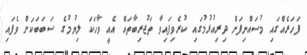
ފަހަރެއްގައި މުސައްނިފަށް ދިރިއުޅުމުގައި ކުރެވިފައިވާ ތަޖުރިބާތައް އެއީ ވާހަކަ ލިޔުމުގެ ސަބަބަކަށް ވެފައި